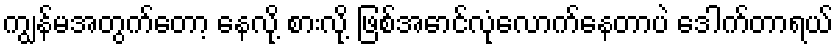
ကျွန်မအတွက်တော့ နေလို့ စားလို့ ဖြစ်အောင်လုံလောက်နေတာပဲ ဒေါက်တာရယ်